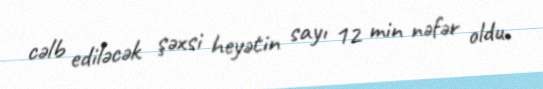
cəlb ediləcək şəxsi heyətin sayı 12 min nəfər oldu.